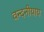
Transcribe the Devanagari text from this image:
वन्दनीयाय